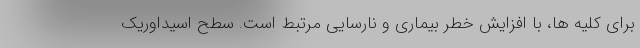
برای کلیه ها، با افزایش خطر بیماری و نارسایی مرتبط است. سطح اسیداوریک